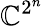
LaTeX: \mathbb{C}^{2^{n}}